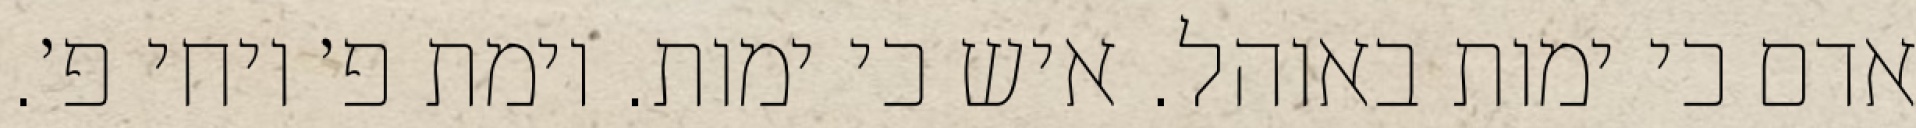
אדם כי ימות באוהל. איש כי ימות. וימת פ׳ ויחי פ׳.